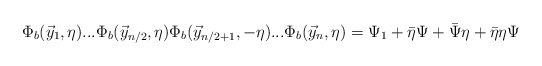
\begin{align*}\Phi_{b}(\vec{y}_{1},\eta)...\Phi_{b}(\vec{y}_{n/2},\eta)\Phi_{b}(\vec{y}_{n/2+1},-\eta)...\Phi_{b}(\vec{y}_{n},\eta)=\Psi_{1}+\bar{\eta}\Psi+\bar{\Psi}\eta+\bar{\eta}\eta\Psi\end{align*}